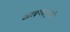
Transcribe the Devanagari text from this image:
खादपदार्थों